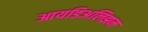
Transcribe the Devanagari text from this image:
आयडिअलिझम